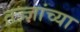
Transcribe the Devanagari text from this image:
तज्ज्ञांच्‍या